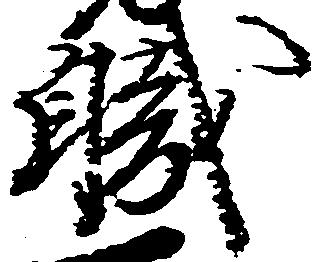
職